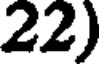
22)